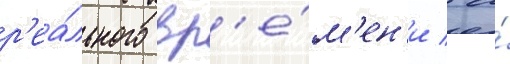
р'еа́льного вр'е́м'ен'и / а́